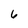
Character: 6